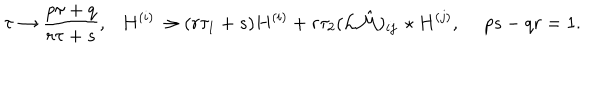
LaTeX: \tau \to { \frac { p \tau + q } { r \tau + s } } , \ \ \ H ^ { ( i ) } \to ( r \tau _ { 1 } + s ) H ^ { ( i ) } + r \tau _ { 2 } ( { \cal L } \hat { \cal M } ) _ { i j } \, \star H ^ { ( j ) } , \ p s - q r = 1 .